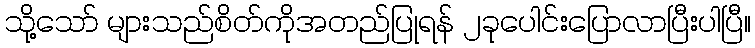
သို့သော် များသည်စိတ်ကိုအတည်ပြုရန် ၂ခုပေါင်းပြောလာပြီးပါပြီ။